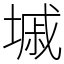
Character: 墄